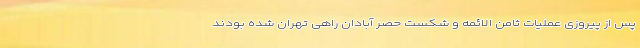
پس از پیروزی عملیات ثامن الائمه و شکست حصر آبادان راهی تهران شده بودند